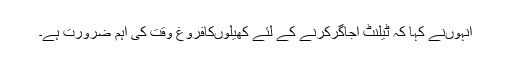
انہوںنے کہا کہ ٹیلنٹ اجاگرکرنے کے لئے کھیلوںکافروغ وقت کی اہم ضرورت ہے۔